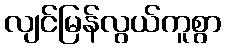
လျင်မြန်လွယ်ကူစွာ